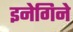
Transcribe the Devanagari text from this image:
इनेगिने